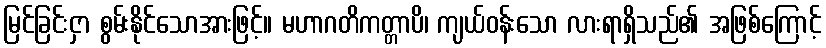
မြင်ခြင်းငှာ စွမ်းနိုင်သောအားဖြင့်။ မဟာဂတိကတ္တာပိ၊ ကျယ်ဝန်းသော လားရာရှိသည်၏ အဖြစ်ကြောင့်